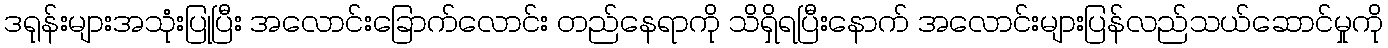
ဒရုန်းများအသုံးပြုပြီး အလောင်းခြောက်လောင်း တည်နေရာကို သိရှိရပြီးနောက် အလောင်းများပြန်လည်သယ်ဆောင်မှုကို